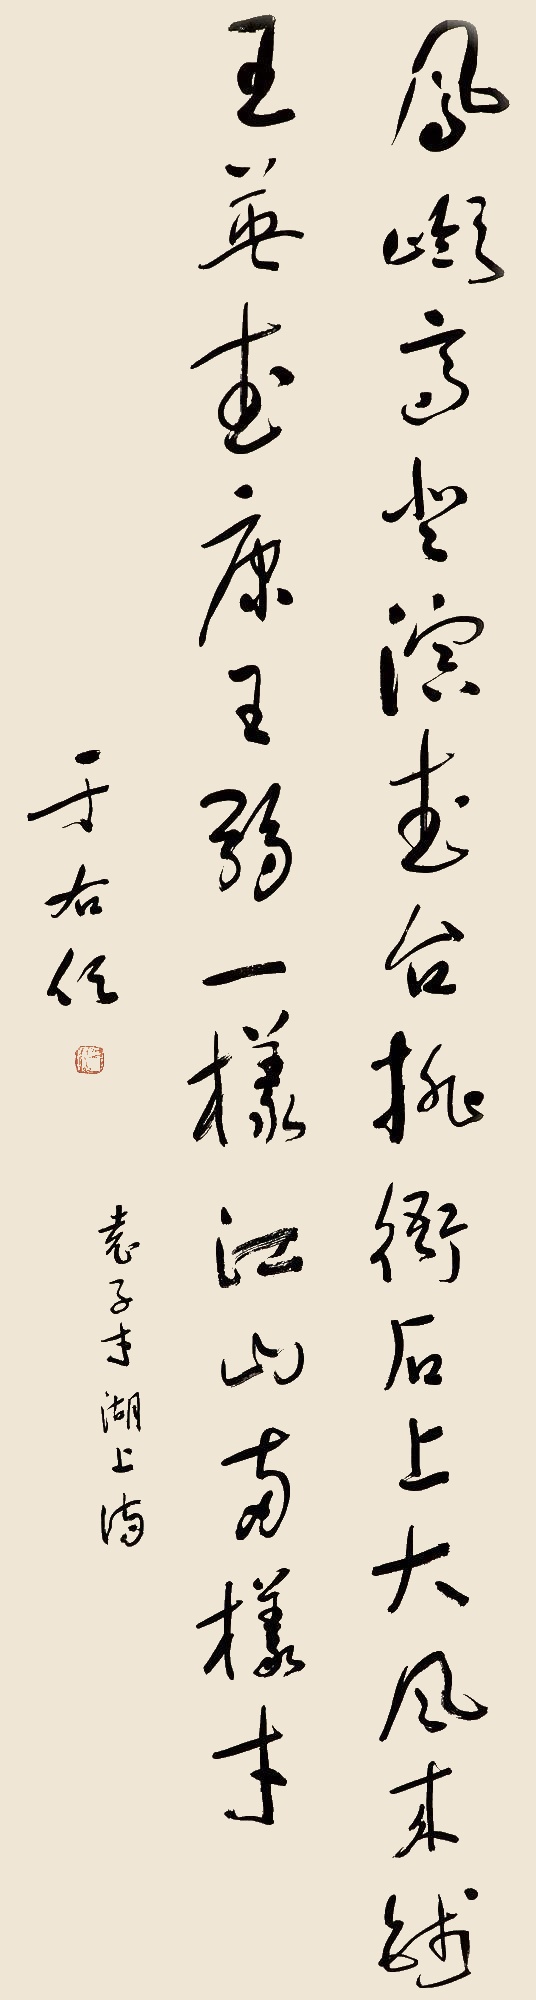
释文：凤岭高登演武台，排衙石上大风来。钱王英武康王弱，一样江山两样才。袁子才湖上诗，于右任。